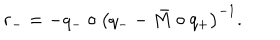
LaTeX: r _ { - } = - q _ { - } \circ \left( q _ { - } - \bar { M } \circ q _ { + } \right) ^ { - 1 } .